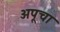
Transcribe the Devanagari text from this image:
अपूचा